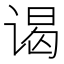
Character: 谒